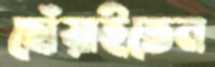
ছোঁয়াইতেন